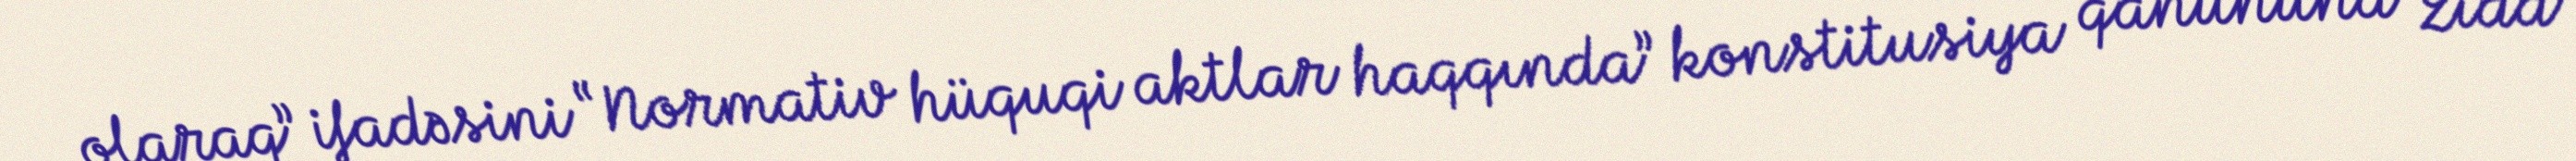
olaraq” ifadəsini “Normativ hüquqi aktlar haqqında” konstitusiya qanununa zidd